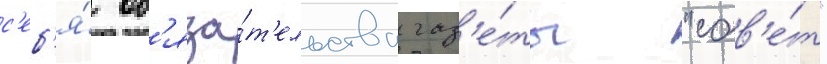
с'еб'я́ об'яза́т'ельства газ'е́ты "сов'е́т"